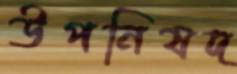
উপনিষদ